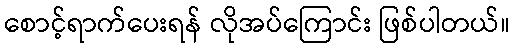
စောင့်ရာက်ပေးရန် လိုအပ်ကြောင်း ဖြစ်ပါတယ်။